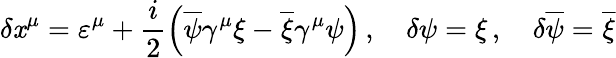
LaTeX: \delta\mathit{x}^{\mu}=\varepsilon^{\mu}+\frac{{i}}{{2}}\left(\overline{{{{\psi}}}}\gamma^{\mu}\xi-\overline{{{{\xi}}}}\gamma^{\mu}\psi\right)\, ,\quad\delta\psi=\xi\, ,\quad\delta\overline{{{{\psi}}}}=\overline{{{{\xi}}}}